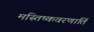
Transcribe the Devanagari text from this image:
मस्तिष्कवरणार्ति